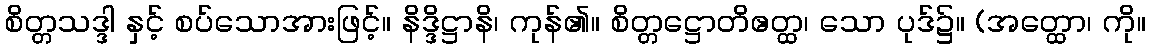
စိတ္တသဒ္ဒါ နှင့် စပ်သောအားဖြင့်။ နိဒ္ဒိဋ္ဌာနိ၊ ကုန်၏။ စိတ္တဋ္ဌောတိဧတ္ထ၊ သော ပုဒ်၌။ (အတ္ထော၊ ကို။